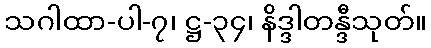
သဂါထာ-ပါ-၇၊ ဋ္ဌ-၃၄၊ နိဒ္ဒါတန္ဒီသုတ်။